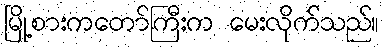
မြို့စားကတော်ကြီးက မေးလိုက်သည်။